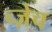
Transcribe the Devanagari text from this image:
च्ज़ेच